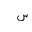
Letter: _sin